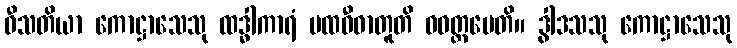
ဝီသတိယာ ကောဋ္ဌာသေသု ထဒ္ဓါကာရံ ပထဝီဓာတူတိ ဝဝတ္ထပေတိ။ ဒွါဒသသု ကောဋ္ဌာသေသု